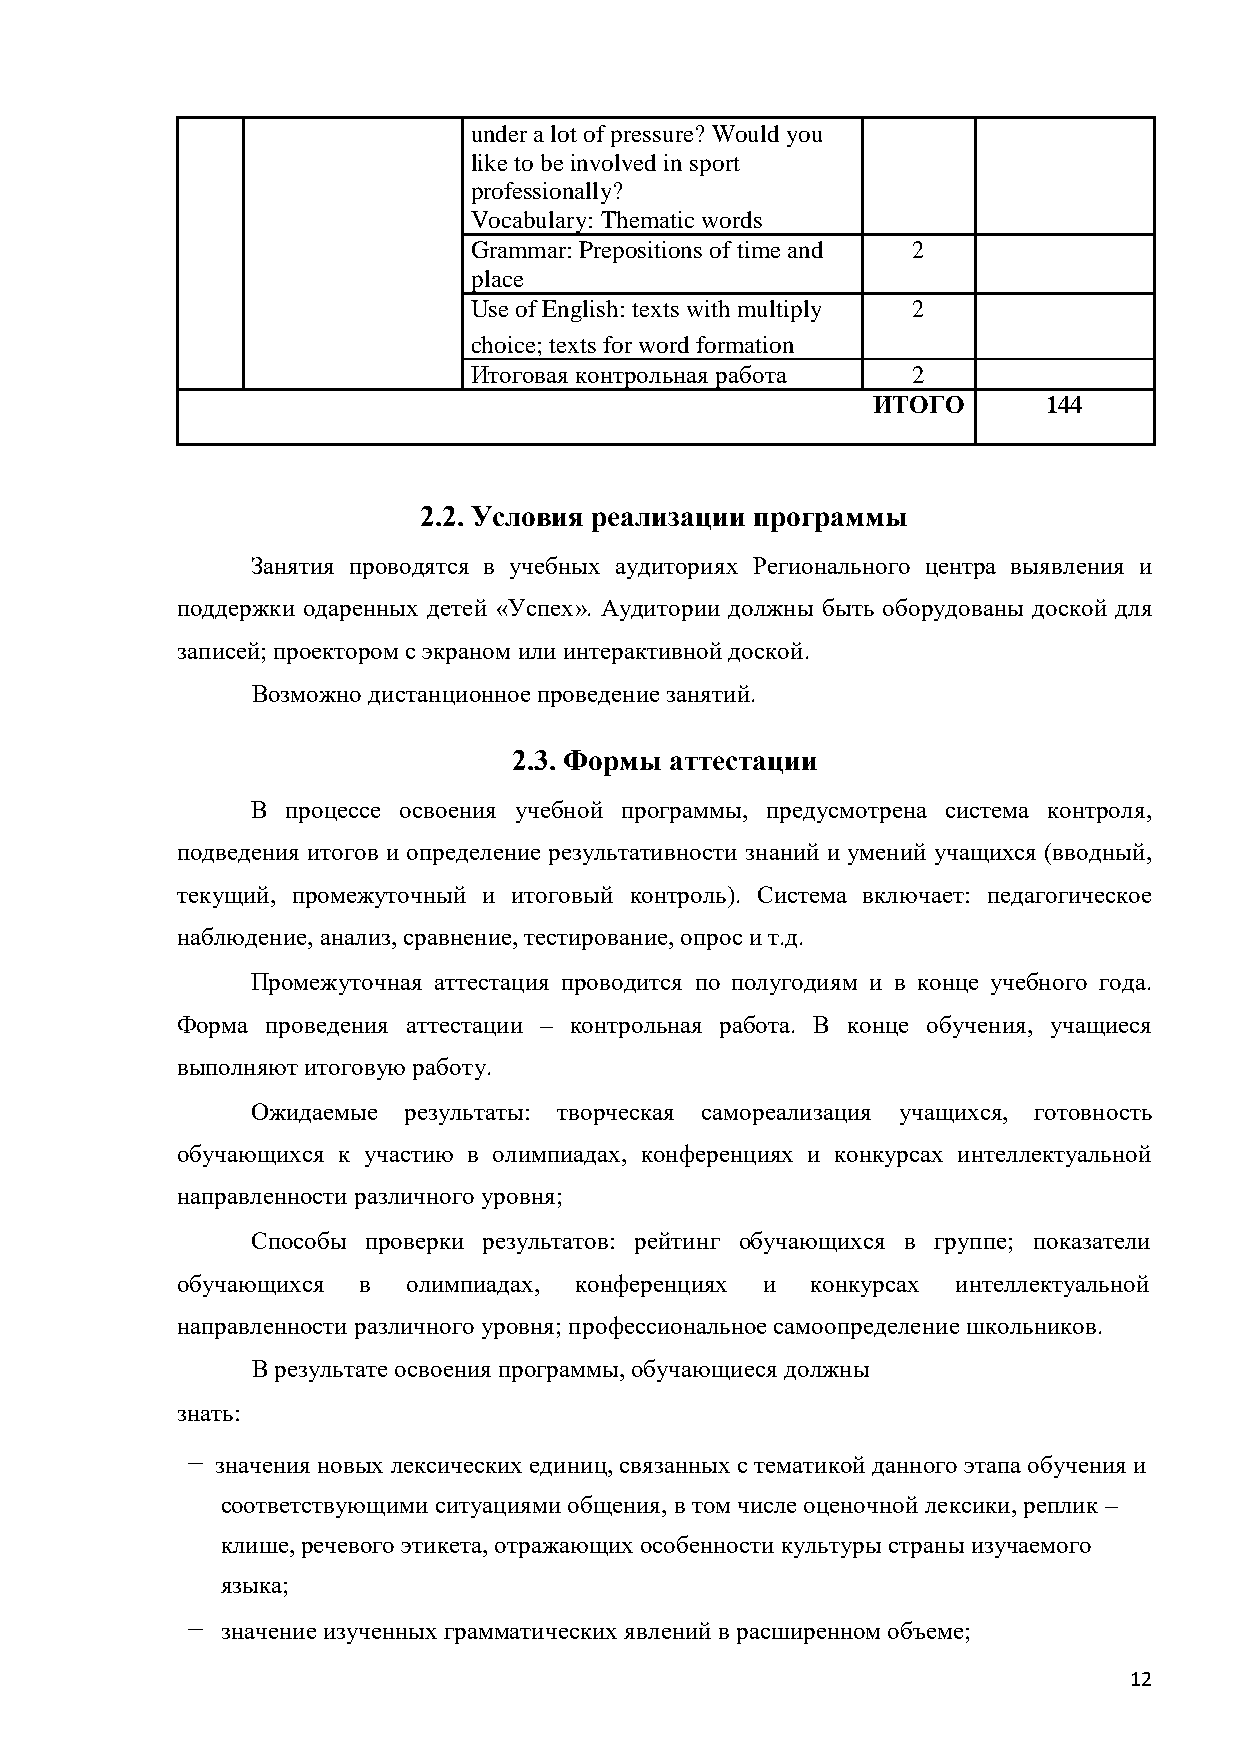
under a lot of pressure? Would you
 like to be involved in sport
 professionally?
 Vocabulary: Thematic words
 Grammar: Prepositions of time and 2
 place
 Use of English: texts with multiply 2
 choice; texts for word formation
 Итоговая контрольная работа  2
 ИТОГО      144
 2.2. Условия реализации программы
 Занятия проводятся в учебных аудиториях Регионального центра выявления и
 поддержки одаренных детей «Успех». Аудитории должны быть оборудованы доской для
 записей; проектором с экраном или интерактивной доской.
 Возможно дистанционное проведение занятий.
 2.3. Формы аттестации
 В процессе освоения учебной программы, предусмотрена система контроля,
 подведения итогов и определение результативности знаний и умений учащихся (вводный,
 текущий, промежуточный и итоговый контроль). Система включает: педагогическое
 наблюдение, анализ, сравнение, тестирование, опрос и т.д.
 Промежуточная аттестация проводится по полугодиям и в конце учебного года.
 Форма проведения аттестации – контрольная работа. В конце обучения, учащиеся
 выполняют итоговую работу.
 Ожидаемые результаты: творческая самореализация учащихся, готовность
 обучающихся к участию в олимпиадах, конференциях и конкурсах интеллектуальной
 направленности различного уровня;
 Способы проверки результатов: рейтинг обучающихся в группе; показатели
 обучающихся в  олимпиадах, конференциях и конкурсах интеллектуальной
 направленности различного уровня; профессиональное самоопределение школьников.
 В результате освоения программы, обучающиеся должны
 знать:
 − значения новых лексических единиц, связанных с тематикой данного этапа обучения и
 соответствующими ситуациями общения, в том числе оценочной лексики, реплик –
 клише, речевого этикета, отражающих особенности культуры страны изучаемого
 языка;
 −  значение изученных грамматических явлений в расширенном объеме;
 12